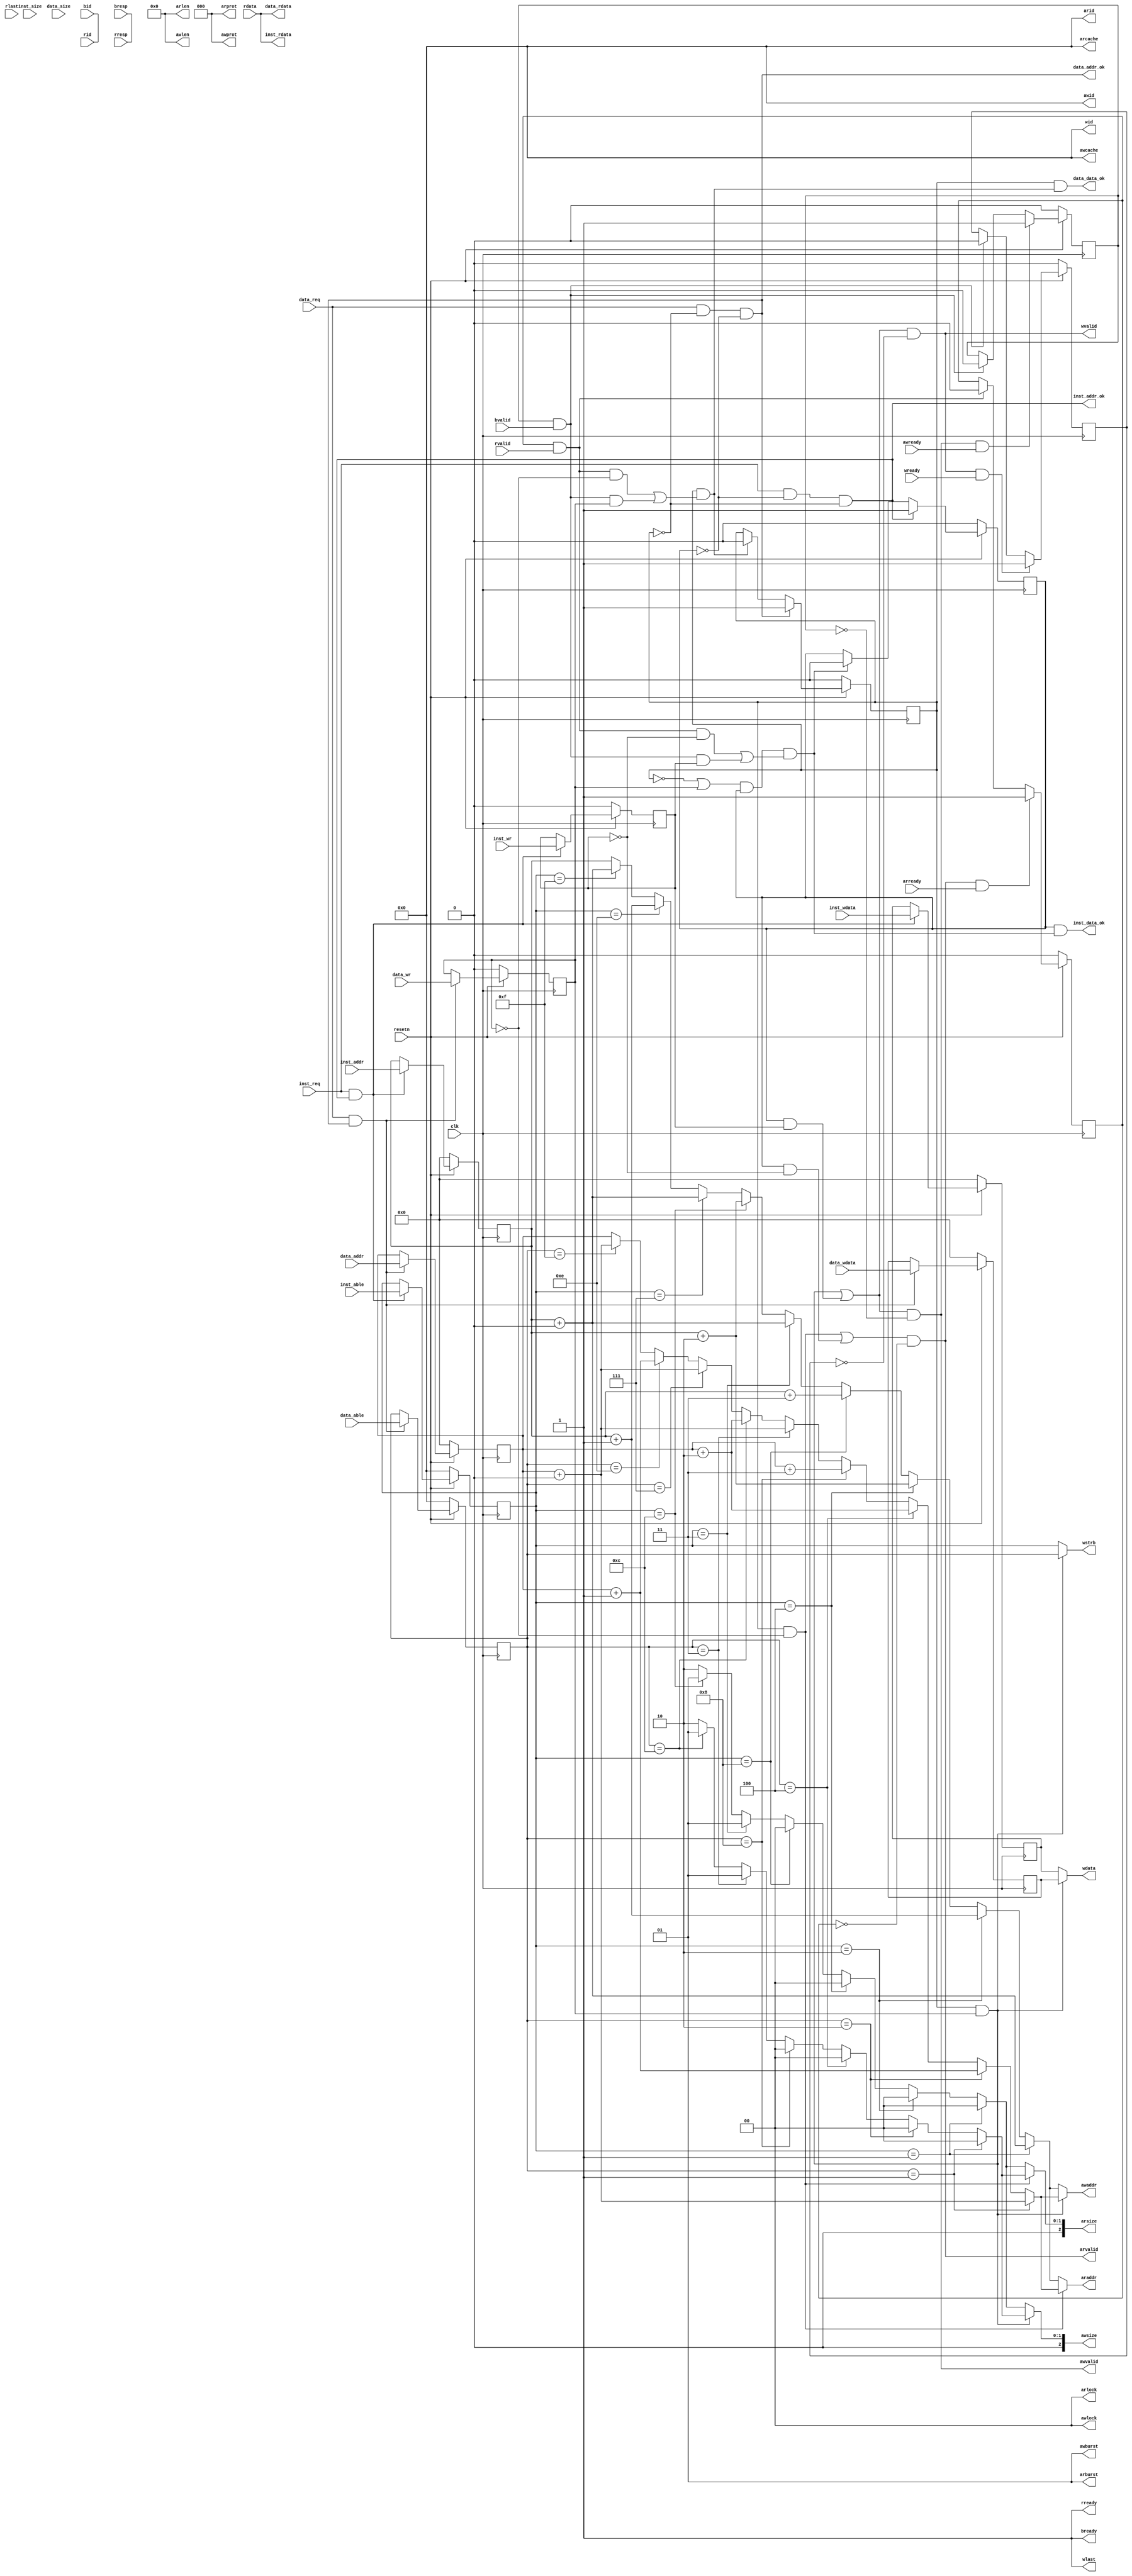
module cpu_axi_interface
(
    input         clk,
    input         resetn, 

    //inst sram-like 
    input         inst_req     ,
    input         inst_wr      ,    //1 write
    input  [1 :0] inst_size    ,    //0-1byte 1-2 2-4
    input  [31:0] inst_addr    ,
    input  [31:0] inst_wdata   ,
    input  [3:0]  inst_able    ,
    output [31:0] inst_rdata   ,
    output        inst_addr_ok ,
    output        inst_data_ok ,
    
    //data sram-like 
    input         data_req     ,
    input         data_wr      ,
    input  [1 :0] data_size    ,
    input  [31:0] data_addr    ,
    input  [31:0] data_wdata   ,
    input  [3:0]  data_able    ,
    output [31:0] data_rdata   ,
    output        data_addr_ok ,
    output        data_data_ok ,

    //axi
    //ar
    output [3 :0] arid         ,
    output [31:0] araddr       ,    //read address
    output [7 :0] arlen        ,
    output [2 :0] arsize       ,
    output [1 :0] arburst      ,
    output [1 :0] arlock        ,
    output [3 :0] arcache      ,
    output [2 :0] arprot       ,
    output        arvalid      ,
    input         arready      ,
    //r           
    input  [3 :0] rid          ,
    input  [31:0] rdata        ,
    input  [1 :0] rresp        ,
    input         rlast        ,
    input         rvalid       ,
    output        rready       ,
    //aw          
    output [3 :0] awid         ,
    output [31:0] awaddr       ,
    output [7 :0] awlen        ,
    output [2 :0] awsize       ,
    output [1 :0] awburst      ,
    output [1 :0] awlock       ,
    output [3 :0] awcache      ,
    output [2 :0] awprot       ,
    output        awvalid      ,
    input         awready      ,
    //w          
    output [3 :0] wid          ,
    output [31:0] wdata        ,
    output [3 :0] wstrb        ,
    output        wlast        ,
    output        wvalid       ,
    input         wready       ,
    //b           
    input  [3 :0] bid          ,
    input  [1 :0] bresp        ,
    input         bvalid       ,
    output        bready       
);

reg data_req_doing;
reg data_req_wr;
reg [1:0] data_req_size;
reg [31:0] data_req_addr;
reg [31:0] data_req_wdata;
reg [3:0]  data_req_able;

reg inst_req_doing;
reg inst_req_wr;
reg [1:0] inst_req_size;
reg [31:0] inst_req_addr;
reg [31:0] inst_req_wdata;
reg [3:0]  inst_req_able;




assign data_addr_ok = !data_req_doing&&data_req&&!inst_req_doing;
assign inst_addr_ok = !inst_req_doing&&inst_req&&!data_req_doing;

assign inst_rdata = rdata;
assign data_rdata = rdata;




//-------------------------------------------------------------
//  steady signal
assign arid = 4'b0;
assign arlen = 8'b0;
assign arburst = 2'b01;
assign arlock = 2'b0;
assign arcache = 4'b0;
assign arprot = 3'b0;

assign rid = 4'b0;
assign rresp = 2'b0;
assign rlast = 1'b0;

assign awid = 4'b0;
assign awlen = 8'b0;
assign awburst = 2'b01;
assign awlock = 2'b0;
assign awcache = 4'b0;
assign awprot = 3'b0;


assign wid = 4'b0;
assign wlast = 1'b1;

assign bid = 4'b0;
assign bresp = 2'b0;
//--------------------------------------------------------------
//states
reg read_addr_received;
reg write_addr_received;
reg write_wdata_received;

wire read_done;
wire data_req_done;
wire write_done;
wire inst_req_done;
assign read_done = read_addr_received&&(rvalid&&rready);
assign write_done = write_addr_received&&(bvalid&&bready);

//assign data_req_done = (~inst_req_doing||inst_req_wr)&&data_req_doing&&((read_done&&!data_req_wr)||(write_done&&data_req_wr));
assign data_req_done = data_req_doing&&((read_done&&!data_req_wr)||(write_done&&data_req_wr));
assign inst_req_done = (~data_req_doing||data_req_wr)&&inst_req_doing&&((read_done&&!inst_req_wr)||(write_done&&inst_req_wr));

always@(posedge clk)
begin
  read_addr_received <= ~resetn? 1'b0:
                        (arvalid&&arready)? 1'b1:
                        read_done? 1'b0:read_addr_received;
  write_addr_received <= ~resetn? 1'b0:
                         (awvalid&&awready)? 1'b1:
                         write_done? 1'b0: write_addr_received;
  write_wdata_received <= ~resetn? 1'b0:
                          (wvalid&&wready)? 1'b1:
                          write_done? 1'b0:
                          write_wdata_received;
end

//--------------------------------------------------------
//other signals
wire [2:0] req_size;
wire [31:0] req_addr;
wire req_doing;
wire req_wr;

wire [31:0] modify_data_addr;
wire [31:0] modify_inst_addr;
wire [1:0] modify_data_size;
wire [1:0] modify_inst_size;

assign modify_data_addr = (data_req_able==4'b0001)?data_req_addr+32'b0:
                          (data_req_able==4'b0010)?data_req_addr+32'b1:
                          (data_req_able==4'b0100)?data_req_addr+32'd2:
                          (data_req_able==4'b1000)?data_req_addr+32'd3:
                          (data_req_able==4'b0011)?data_req_addr+32'b0:
                          (data_req_able==4'b1100)?data_req_addr+32'd2:
                          (data_req_able==4'b0111)?data_req_addr+32'b0:
                          (data_req_able==4'b1110)?data_req_addr+32'b1:
                          (data_req_able==4'b1111)?data_req_addr+32'b0:
                          data_req_addr;
assign modify_inst_addr = (inst_req_able==4'b0001)?inst_req_addr+32'b0:
                          (inst_req_able==4'b0010)?inst_req_addr+32'b1:
                          (inst_req_able==4'b0100)?inst_req_addr+32'd2:
                          (inst_req_able==4'b1000)?inst_req_addr+32'd3:
                          (inst_req_able==4'b0011)?inst_req_addr+32'b0:
                          (inst_req_able==4'b1100)?inst_req_addr+32'd2:
                          (inst_req_able==4'b0111)?inst_req_addr+32'b0:
                          (inst_req_able==4'b1110)?inst_req_addr+32'b1:
                          (inst_req_able==4'b1111)?inst_req_addr+32'b0:
                          inst_req_addr;

assign modify_data_size = (data_req_able==4'b0001)?2'b0:
                          (data_req_able==4'b0010)?2'b0:
                          (data_req_able==4'b0100)?2'b0:
                          (data_req_able==4'b1000)?2'b0:
                          (data_req_able==4'b0011)?2'b1:
                          (data_req_able==4'b1100)?2'b1:
                          (data_req_able==4'b0111)?2'b10:
                          (data_req_able==4'b1110)?2'b10:
                          (data_req_able==4'b1111)?2'b10:
                          2'b10;


assign modify_inst_size = (inst_req_able==4'b0001)?2'b0:
                          (inst_req_able==4'b0010)?2'b0:
                          (inst_req_able==4'b0100)?2'b0:
                          (inst_req_able==4'b1000)?2'b0:
                          (inst_req_able==4'b0011)?2'b1:
                          (inst_req_able==4'b1100)?2'b1:
                          (inst_req_able==4'b0111)?2'b10:
                          (inst_req_able==4'b1110)?2'b10:
                          (inst_req_able==4'b1111)?2'b10:
                          2'b10;



assign araddr = (data_req_doing&&!data_req_wr)? modify_data_addr:modify_inst_addr;
assign arsize = (data_req_doing&&!data_req_wr)? modify_data_size:modify_inst_size;
assign arvalid = ((data_req_doing&&!data_req_wr)||(inst_req_doing&&!inst_req_wr))
                 &&!read_addr_received;

assign rready = 1'b1;

assign awaddr = (data_req_doing&&data_req_wr)? modify_data_addr:modify_inst_addr;
assign awsize = (data_req_doing&&data_req_wr)? modify_data_size:modify_inst_size;
assign awvalid = ((data_req_doing&&data_req_wr)||(inst_req_doing&&inst_req_wr))
                 &&!write_addr_received;
assign wdata = (data_req_doing&&data_req_wr)? data_req_wdata:inst_req_wdata;


assign req_size = awsize;
assign req_addr = awaddr;
//assign wstrb = (req_size==2'b0)? 4'b0001<<req_addr[1:0]:
  //             (req_size==2'b1)? 4'b0011<<req_addr[1:0]:
    //           4'b1111;
assign wstrb = (data_req_doing&&data_req_wr)?data_req_able:inst_req_able;
assign wvalid = ((data_req_doing&&data_req_wr)||(inst_req_doing&&inst_req_wr))
                &&!write_wdata_received;

assign bready = 1'b1;

assign data_data_ok = data_req_doing&&data_req_done;
assign inst_data_ok = inst_req_doing&&inst_req_done;

always@(posedge clk)
begin
  data_req_doing <=~resetn? 1'b0:
                   (data_req&&!data_req_doing&&!inst_req_doing)? 1'b1:
                   data_req_done? 1'b0:data_req_doing;
  data_req_wr <= ~resetn? 1'b0:
                 (data_req&&data_addr_ok)?data_wr:
                 data_req_wr;
  data_req_size <= ~resetn? 2'b0:
                   (data_req&&data_addr_ok)? data_size:
                   data_req_size;
  data_req_addr <= ~resetn? 32'b0:
                   (data_req&&data_addr_ok)? data_addr:
                   data_req_addr;
  data_req_wdata <= ~resetn? 32'b0:
                   (data_req&&data_addr_ok)? data_wdata:
                   data_req_wdata;
  data_req_able <= ~resetn? 4'b0:
                   (data_req&&data_addr_ok)? data_able:
                   data_req_able;
end 

wire debug;
assign debug = (~resetn)? 1'b0:
                   (inst_req&&!inst_req_doing&&!data_req_doing)? 1'b1:
                   inst_req_done? 1'b0:inst_req_doing;
always@(posedge clk)
begin
  inst_req_doing <=(~resetn)? 1'b0:
                   (inst_req&&!inst_req_doing&&!data_req_doing)? 1'b1:
                   inst_req_done? 1'b0:inst_req_doing;
  inst_req_wr <= ~resetn? 1'b0:
                 (inst_req&&inst_addr_ok)?inst_wr:
                 inst_req_wr;
  inst_req_size <= ~resetn? 2'b0:
                   (inst_req&&inst_addr_ok)? inst_size:
                   inst_req_size;
  inst_req_addr <= ~resetn? 32'b0:
                   (inst_req&&inst_addr_ok)? inst_addr:
                   inst_req_addr;
  inst_req_wdata <= ~resetn? 32'b0:
                   (inst_req&&inst_addr_ok)? inst_wdata:
                   inst_req_wdata;
  inst_req_able <= ~resetn? 4'b0:
                   (inst_req&&inst_addr_ok)?inst_able:
                   inst_req_able;
end
endmodule